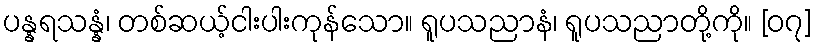
ပန္နရသန္နံ၊ တစ်ဆယ့်ငါးပါးကုန်သော။ ရူပသညာနံ၊ ရူပသညာတို့ကို။ [၀၇]